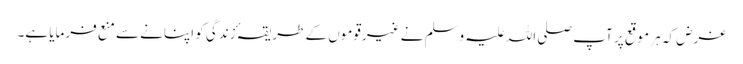
غرض کہ ہر موقع پر آپ صلی اللہ علیہ وسلم نے غیرقوموں کے طریقہٴ زندگی کو اپنانے سے منع فرمایا ہے۔